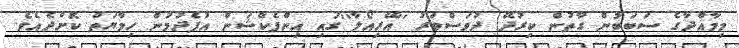
މިމާއްދާގެ ސަބަބުން ގާތުން ކިރުދޭ ދުވަސްވަރު ''އޭރިއޯލާ''ގައި އިންފެކްޝަން އުފެދުމުން ހިމާޔަތް ކޮށްދެއެވެ.